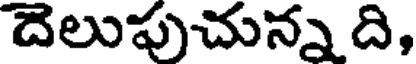
దెలుపుచున్న ది,